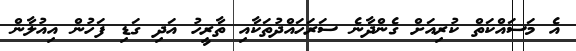
އެ މަސައްކަތް ކުރިއަށް ގެންދާނެ ސަރަހައްދުތަކާއި ތާރީހު އަދި ގަޑި ފަހުން އިއުލާން